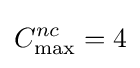
C_{\max }^{nc}=4